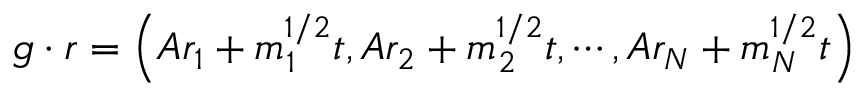
g \cdot r = \left( A r _ { 1 } + m _ { 1 } ^ { 1 / 2 } t , A r _ { 2 } + m _ { 2 } ^ { 1 / 2 } t , \cdots , A r _ { N } + m _ { N } ^ { 1 / 2 } t \right)